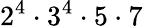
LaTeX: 2^{4}\cdot 3^{4}\cdot 5\cdot 7